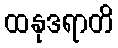
ထနုဒရာတိ